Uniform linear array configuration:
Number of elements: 24
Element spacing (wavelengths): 0.25
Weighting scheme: cosine
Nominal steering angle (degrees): -15
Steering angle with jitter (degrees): -13.455
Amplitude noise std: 0.05
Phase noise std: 0.05

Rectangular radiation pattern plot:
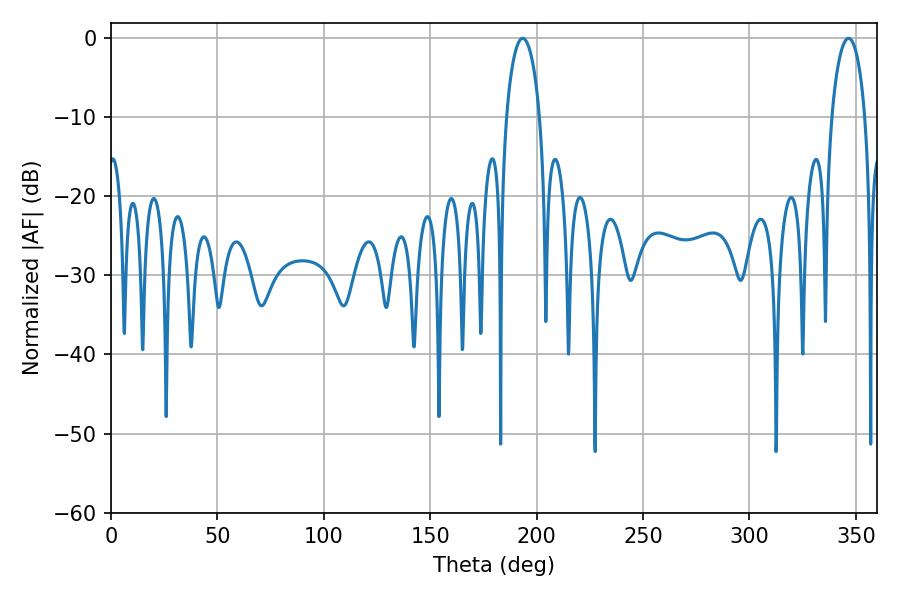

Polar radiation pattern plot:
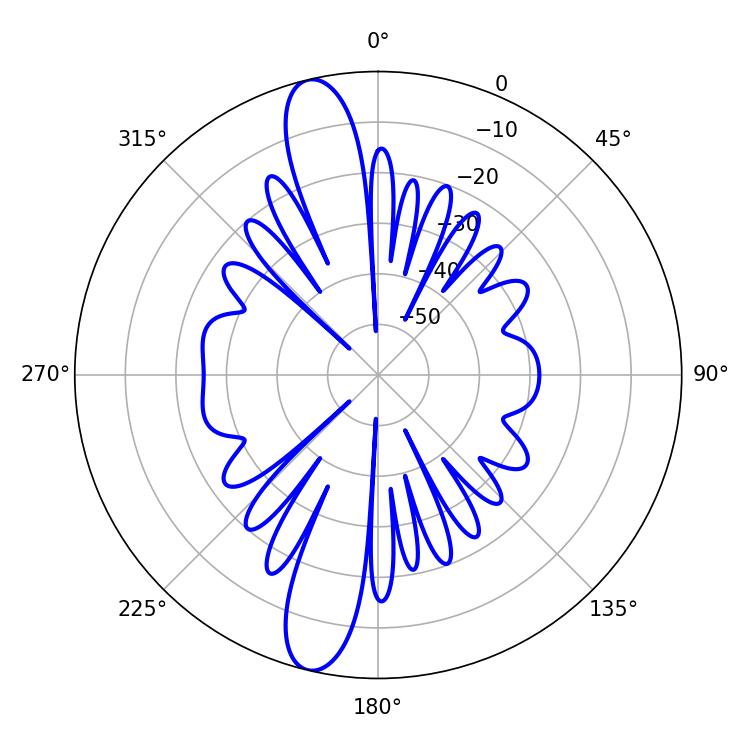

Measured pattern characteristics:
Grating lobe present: FALSE
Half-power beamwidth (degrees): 9
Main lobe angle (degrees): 193.5